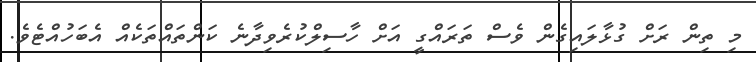
މި ތިން ރަށް ގުޅާލައިގެން ވެސް ތަރައްގީ އަށް ހާސިލްކުރެވިދާނެ ކަންތައްތަކެއް އެބަހުއްޓެވެ.